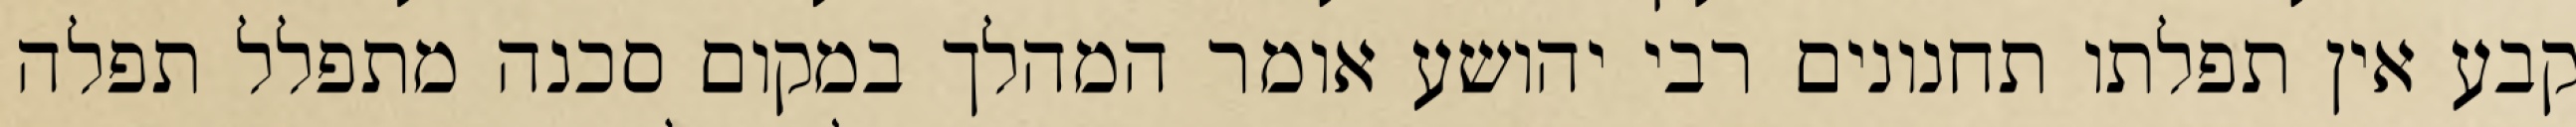
קבע אין תפלתו תחנונים רבי יהושע אומר המהלך במקום סכנה מתפלל תפלה